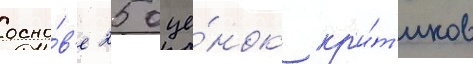
осно́в'е 25 оце́нок кр'и́т'иков